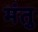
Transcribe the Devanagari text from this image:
मंतु